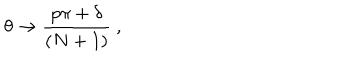
LaTeX: \theta \rightarrow { \frac { p \pi + \delta } { ( N + 1 ) } } \ ,